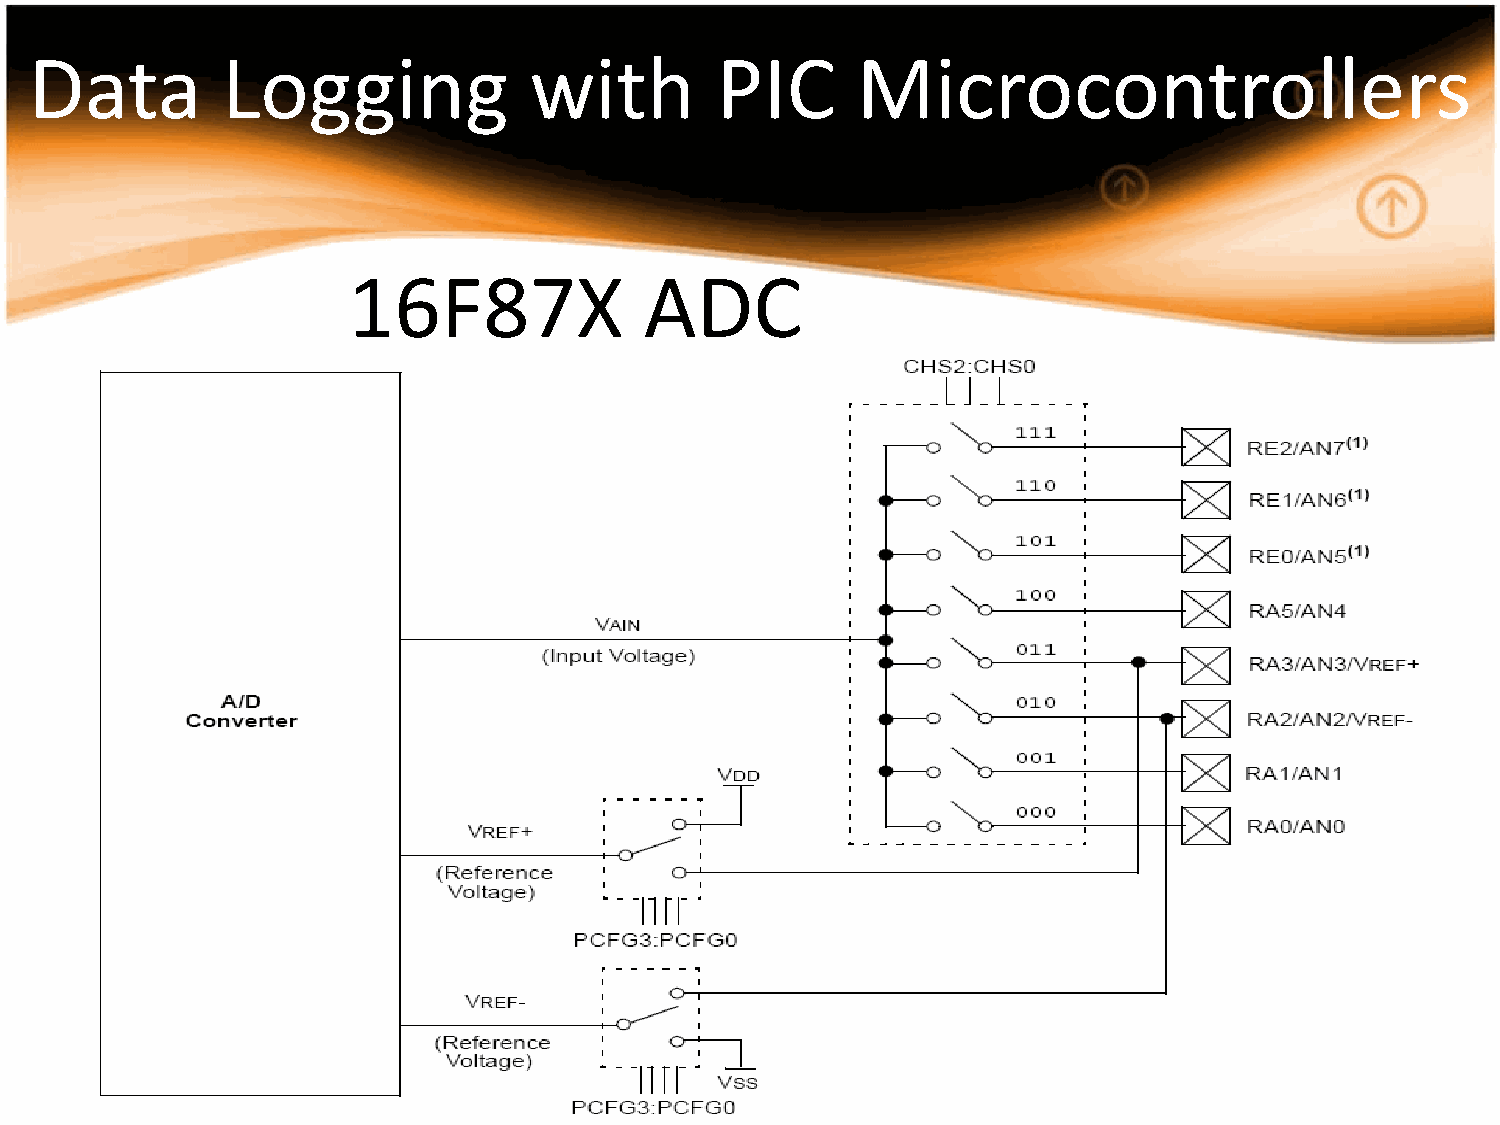
Data         Logging             with        PIC       Microcontrollers
 16F87X              ADC